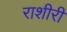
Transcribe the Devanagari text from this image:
राशीरी